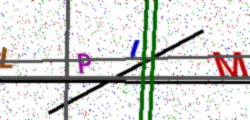
Text: LPIM